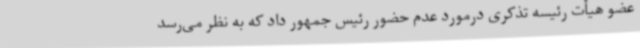
عضو هیأت رئیسه تذکری درمورد عدم حضور رئیس جمهور داد که به نظر می‌رسد